Civil Veterinary Department. Madras. Admin. report 1926-33 - 1926-1933
Year: 1926
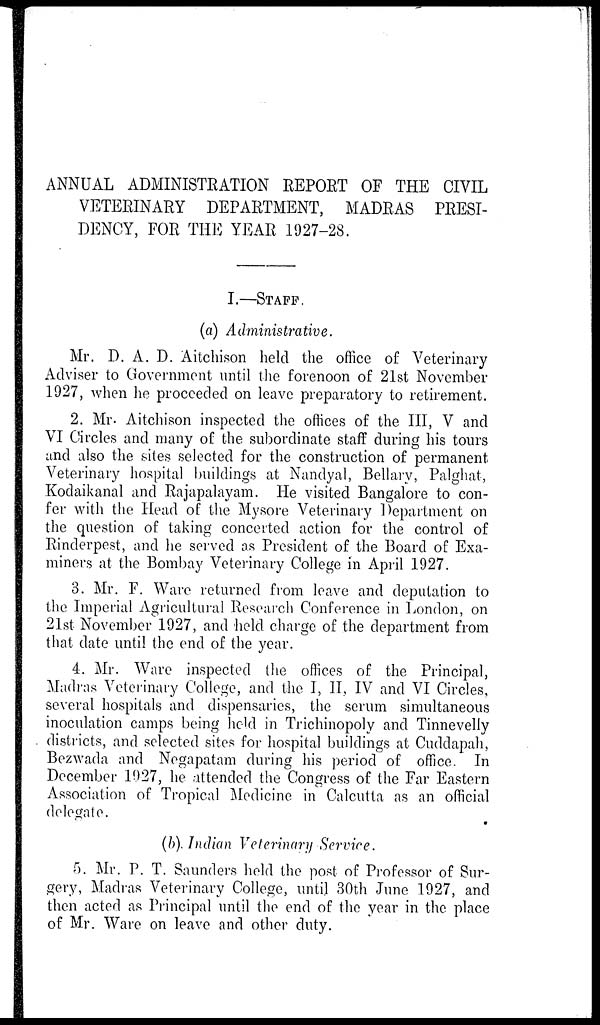
ANNUAL ADMINISTRATION REPORT OF THE CIVIL
VETERINARY DEPARTMENT, MADRAS PEESI-
DENCY, FOE THE YEAR 1927-28.
I.—STAFF.
(a) Administrative.
Mr. D. A. D. Aitchison held the office of Veterinary
Adviser to Government until the forenoon of 21st November
1927, when he proceeded on leave preparatory to retirement.
2. Mr. Aitchison inspected the offices of the III, V and
VI Circles and many of the subordinate staff during his tours
and also the sites selected for the construction of permanent
Veterinary hospital buildings at Nandyal, Bellary, Palghat,
Kodaikanal and Rajapalayam. He visited Bangalore to con-
fer with the Head of the Mysore Veterinary Department on
the question of taking concerted action for the control of
Rinderpest, and he served as President of the Board of Exa-
miners at the Bombay Veterinary College in April 1927.
3. Mr. F. Ware returned from leave and deputation to
the Imperial Agricultural Research Conference in London, on
21st November 1927, and held charge of the department from
that date until the end of the year.
4. Mr. Ware inspected the offices of the Principal,
Madras Veterinary College, and the I, II, IV and VI Circles,
several hospitals and dispensaries, the serum simultaneous
inoculation camps being held in Trichinopoly and Tinnevelly
districts, and selected sites for hospital buildings at Cuddapah,
Bezwada and Negapatam during his period of office. In
December 1927, he attended the Congress of the Far Eastern
Association of Tropical Medicine in Calcutta as an official
delegate.
(b). Indian Veterinary Service.
5. Mr. P. T. Saunders held the post of Professor of Sur-
gery, Madras Veterinary College, until 30th June 1927, and
then acted as Principal until the end of the year in the place
of Mr. Ware on leave and other duty.